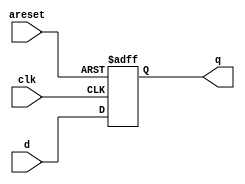
module top_module (
    input clk,
    input areset,  // active high asynchronous reset
    input [7:0] d,
    output reg [7:0] q
);
  always @(posedge clk or posedge areset) begin
    if (areset) begin
      q <= 8'b0;
    end else begin
      q <= d;
    end
  end
endmodule